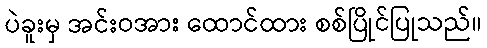
ပဲခူးမှ အင်းဝအား ထောင်ထား စစ်ပြိုင်ပြုသည်။